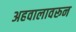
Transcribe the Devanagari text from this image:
अहवालावरून